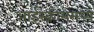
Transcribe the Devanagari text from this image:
आईस्क्रीममध्ये